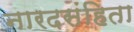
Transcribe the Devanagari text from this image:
नारदसंहिता